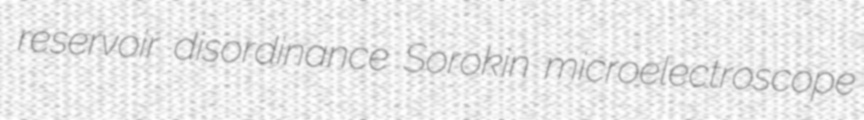
reservoir disordinance Sorokin microelectroscope